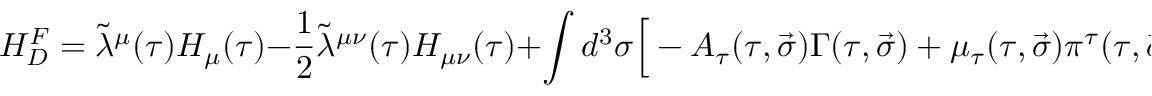
H _ { D } ^ { F } = \tilde { \lambda } ^ { \mu } ( \tau ) { \cal H } _ { \mu } ( \tau ) - \frac 1 2 \tilde { \lambda } ^ { \mu \nu } ( \tau ) { \cal H } _ { \mu \nu } ( \tau ) + \int { d ^ { 3 } \sigma \Big [ - A _ { \tau } ( \tau , \vec { \sigma } ) \Gamma ( \tau , \vec { \sigma } ) + \mu _ { \tau } ( \tau , \vec { \sigma } ) \pi ^ { \tau } ( \tau , \vec { \sigma } ) \Big ] } ,